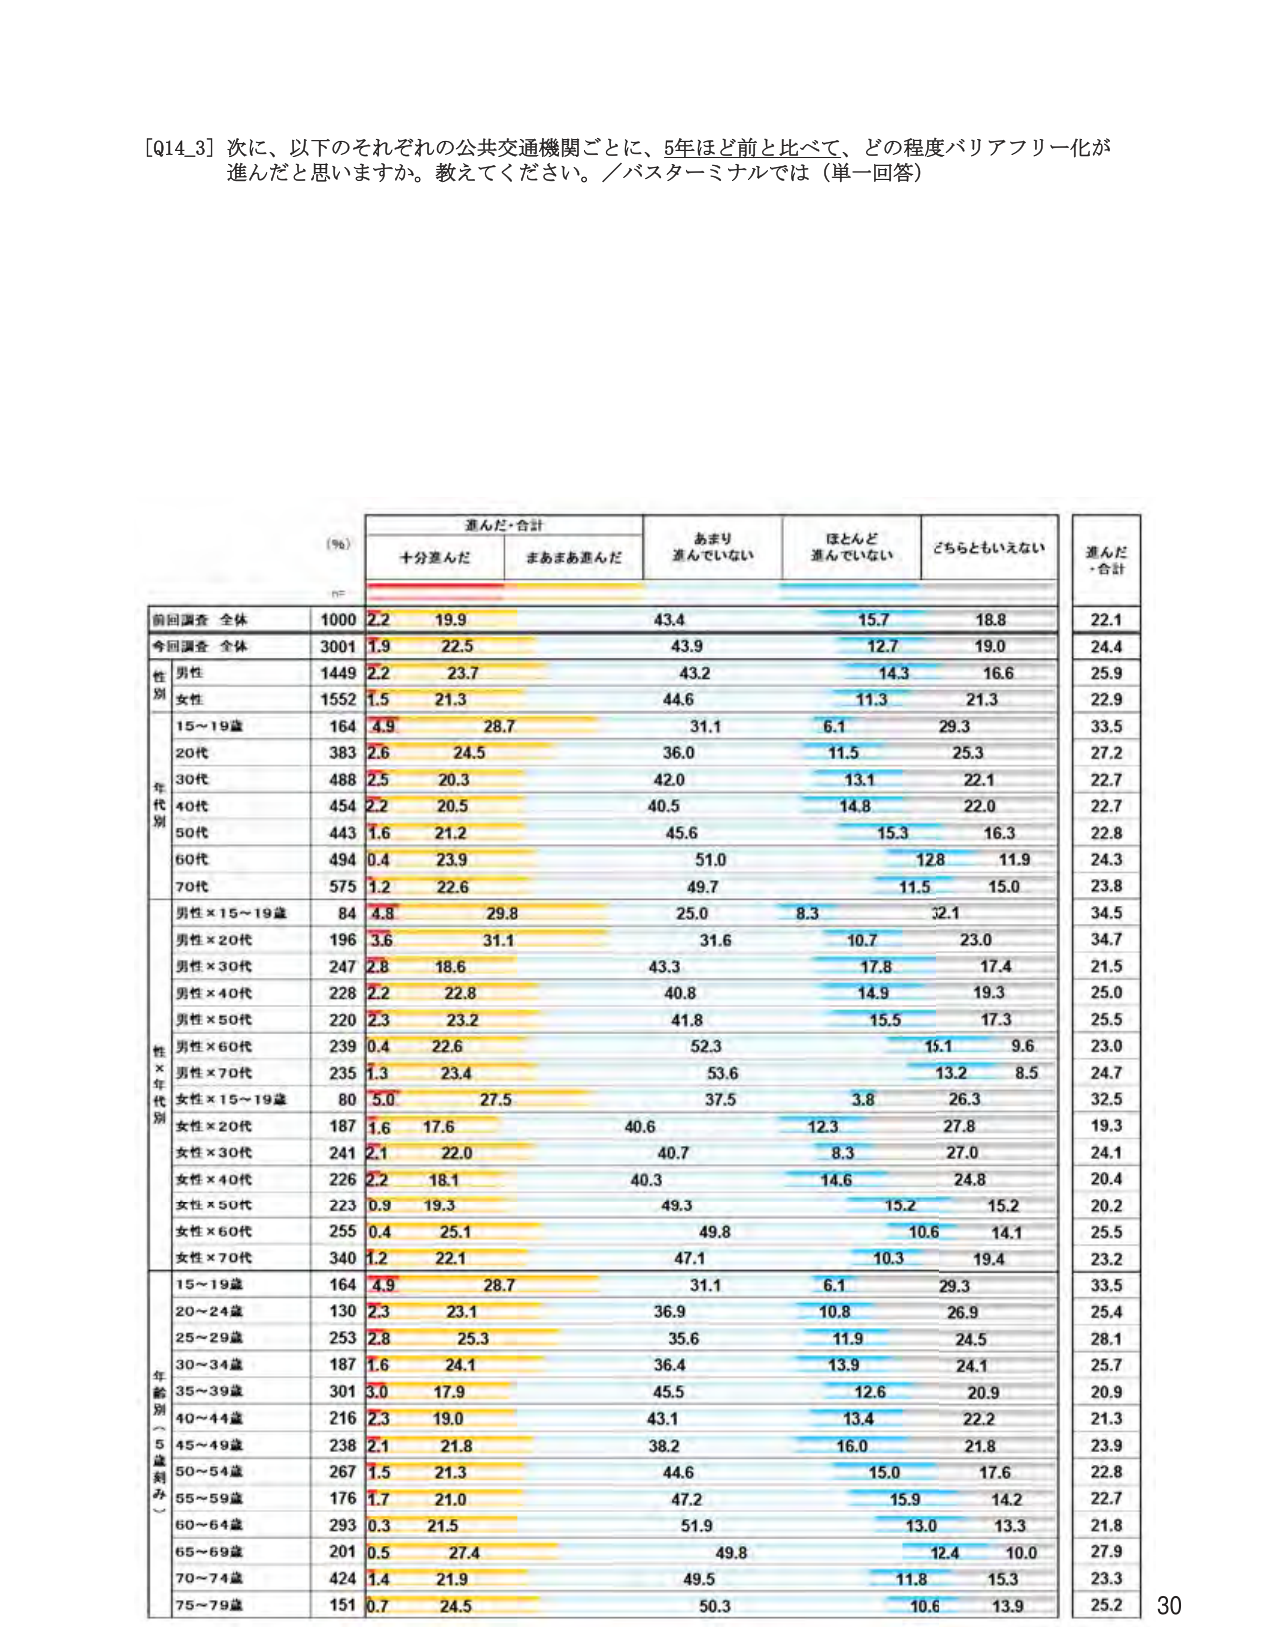
[Q14_3] 次に、以下のそれぞれの公共交通機関ごとに、5年ほど前と比べて、どの程度バリアフリー化が進んだと思いますか。教えてください。／バスターミナルでは（単一回答）

(％)
進んだ・合計
　十分進んだ　　まあまあ進んだ　　あまり進んでいない　　ほとんど進んでいない　　どちらともいえない　　進んだ・合計
n=
前回調査 全体　　1000　　2.2　　19.9　　43.4　　15.7　　18.8　　22.1
今回調査 全体　　3001　　1.9　　22.5　　43.9　　12.7　　19.0　　24.4
性別
　男性　　　　　　1449　　2.2　　23.7　　43.2　　14.3　　16.6　　25.9
　女性　　　　　　1552　　1.5　　21.3　　44.6　　11.3　　21.3　　22.9
年代別
　15～19歳　　　　164　　4.9　　28.7　　31.1　　6.1　　29.3　　33.5
　20代　　　　　　383　　2.6　　24.5　　36.0　　11.5　　25.3　　27.2
　30代　　　　　　488　　2.5　　20.3　　42.0　　13.1　　22.1　　22.7
　40代　　　　　　454　　2.2　　20.5　　40.5　　14.8　　22.0　　22.7
　50代　　　　　　443　　1.6　　21.2　　45.6　　15.3　　16.3　　22.8
　60代　　　　　　494　　0.4　　23.9　　51.0　　12.8　　11.9　　24.3
　70代　　　　　　575　　1.2　　22.6　　49.7　　11.5　　15.0　　23.8
性×年代別
　男性×15～19歳　　84　　4.8　　29.8　　25.0　　8.3　　32.1　　34.5
　男性×20代　　　　196　　3.6　　31.1　　31.6　　10.7　　23.0　　34.7
　男性×30代　　　　247　　2.8　　18.6　　43.3　　17.8　　17.4　　21.5
　男性×40代　　　　228　　2.2　　22.8　　40.8　　14.9　　19.3　　25.0
　男性×50代　　　　220　　2.3　　23.2　　41.8　　15.5　　17.3　　25.5
　男性×60代　　　　239　　0.4　　22.6　　52.3　　15.1　　9.6　　23.0
　男性×70代　　　　235　　1.3　　23.4　　53.6　　13.2　　8.5　　24.7
　女性×15～19歳　　80　　5.0　　27.5　　37.5　　3.8　　26.3　　32.5
　女性×20代　　　　187　　1.6　　17.6　　40.6　　12.3　　27.8　　19.3
　女性×30代　　　　241　　2.1　　22.0　　40.7　　8.3　　27.0　　24.1
　女性×40代　　　　226　　2.2　　18.1　　40.3　　14.6　　24.8　　20.4
　女性×50代　　　　223　　0.9　　19.3　　49.3　　15.2　　15.2　　20.2
　女性×60代　　　　255　　0.4　　25.1　　49.8　　10.6　　14.1　　25.5
　女性×70代　　　　340　　1.2　　22.1　　47.1　　10.3　　19.4　　23.2
年齢別（5歳刻み）
　15～19歳　　　　164　　4.9　　28.7　　31.1　　6.1　　29.3　　33.5
　20～24歳　　　　130　　2.3　　23.1　　36.9　　10.8　　26.9　　25.4
　25～29歳　　　　253　　2.8　　25.3　　35.6　　11.9　　24.5　　28.1
　30～34歳　　　　187　　1.6　　24.1　　36.4　　13.9　　24.1　　25.7
　35～39歳　　　　301　　3.0　　17.9　　45.5　　12.6　　20.9　　20.9
　40～44歳　　　　216　　2.3　　19.0　　43.1　　13.4　　22.2　　21.3
　45～49歳　　　　238　　2.1　　21.8　　38.2　　16.0　　21.8　　23.9
　50～54歳　　　　267　　1.5　　21.3　　44.6　　15.0　　17.6　　22.8
　55～59歳　　　　176　　1.7　　21.0　　47.2　　15.9　　14.2　　22.7
　60～64歳　　　　293　　0.3　　21.5　　51.9　　13.0　　13.3　　21.8
　65～69歳　　　　201　　0.5　　27.4　　49.8　　12.4　　10.0　　27.9
　70～74歳　　　　424　　1.4　　21.9　　49.5　　11.8　　15.3　　23.3
　75～79歳　　　　151　　0.7　　24.5　　50.3　　10.6　　13.9　　25.2

30